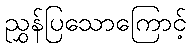
ညွှန်ပြသောကြောင့်